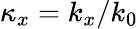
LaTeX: \kappa_{x}=k_{x}/k_{0}